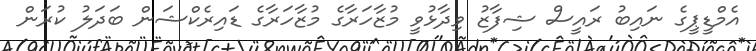
އެމްޑީޕީގެ ނައިބު ރައީސް ޝިފާޒު ވިދާޅުވީ މުޒާހަރާގެ މުޒާހަރާގެ ޑައިރެކްޝަން ބަދަލު ކުރަން